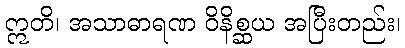
ဣတိ၊ အသာဓာရဏ ဝိနိစ္ဆယ အပြီးတည်း၊